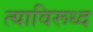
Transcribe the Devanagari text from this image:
त्याविरूध्द